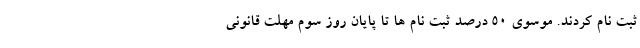
ثبت نام کردند. موسوی 50 درصد ثبت نام ها تا پایان روز سوم مهلت قانونی